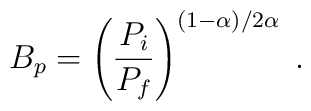
B_p = \left ( \frac{P_i}{P_f} \right )^{(1-\alpha)/2\alpha} \; .